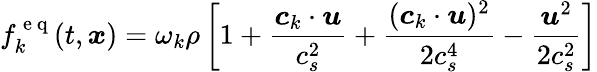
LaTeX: f_{k}^{\mathrm{~e~q~}}(t,\boldsymbol{x})=\omega_{k}\rho\left[1+\frac{\boldsymbol{c}_{k}\cdot\boldsymbol{u}}{c_{s}^{2}}+\frac{(\boldsymbol{c}_{k}\cdot\boldsymbol{u})^{2}}{2c_{s}^{4}}-\frac{\boldsymbol{u}^{2}}{2c_{s}^{2}}\right]